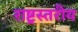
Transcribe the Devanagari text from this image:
राष्ट्रस्तरीय